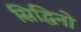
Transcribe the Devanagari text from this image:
सिद्धिनो